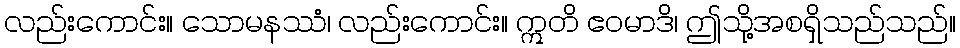
လည်းကောင်း။ သောမနဿံ၊ လည်းကောင်း။ ဣတိ ဧဝမာဒိ၊ ဤသို့အစရှိသည်သည်။